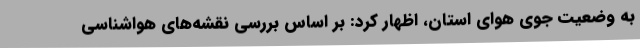
به وضعیت جوی هوای استان، اظهار کرد: بر اساس بررسی نقشه‌های هواشناسی